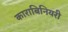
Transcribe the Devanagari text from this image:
काराबिनियरी